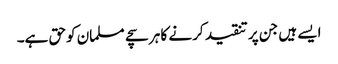
ایسے ہیں جن پر تنقید کرنے کا ہر سچے مسلمان کوحق ہے۔